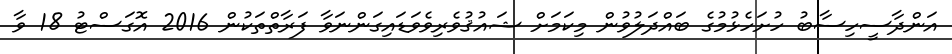
އަންދާސީހިސާބު ހުށަހެޅުމުގެ ބައްދަލުވުން މިކަމަށް ޝައުޤުވެރިވެވަޑައިގަންނަވާ ފަރާތްތަކުން 2016 އޮގަސްޓު 18 ވާ